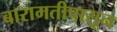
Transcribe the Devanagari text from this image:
बारामतीपासून